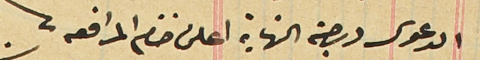
الدعوى درجة النهاية اعلن ختام المرافعه